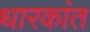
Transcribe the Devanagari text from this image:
धारकांत